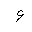
Letter: _waw